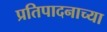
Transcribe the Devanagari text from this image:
प्रतिपादनाच्या